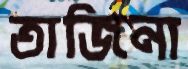
তাজিনা